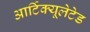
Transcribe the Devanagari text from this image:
आर्टिक्यूलेटेड